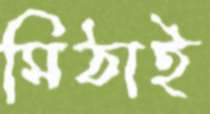
মিঠাই